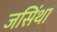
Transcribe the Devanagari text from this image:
जसिंथा